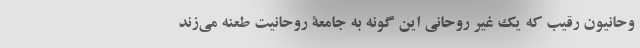
وحانیون رقیب که یک غیر روحانی این گونه به جامعۀ روحانیت طعنه می‌زند